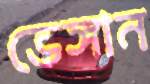
ভেঙ্গান